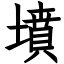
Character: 墳